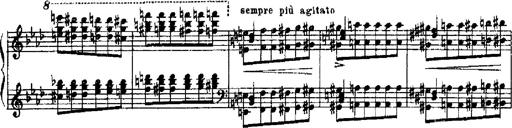
Title: RÃ©miniscences de Robert le diable
Composer: Franz Liszt